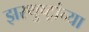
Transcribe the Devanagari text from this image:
झरथुष्ट्रांच्या